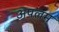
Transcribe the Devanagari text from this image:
अपलम्